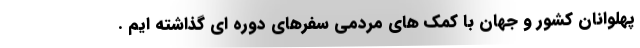
پهلوانان کشور و جهان با کمک های مردمی سفرهای دوره ای گذاشته ایم .